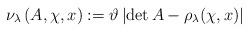
LaTeX: \begin{align*}\nu_{\lambda}\left(A,\chi,x\right):=\vartheta \left|\det A-\rho_\lambda(\chi,x)\right|\end{align*}